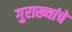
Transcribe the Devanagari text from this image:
गुराख्यांचे